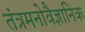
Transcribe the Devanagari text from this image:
तंत्रमनोवैज्ञानिक